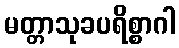
မတ္တာသုခပရိစ္စာဂါ